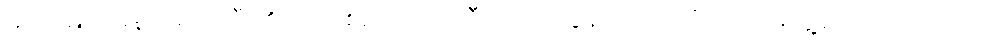
မဟာမြတ်မုနိဘုရားကြီး၏ ကြေးစည်တော်ကြီး ကြေးသွန်း သည်ကို လက်တွေ့လေ့လာကြသည်။